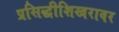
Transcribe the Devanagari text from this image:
प्रसिद्धीशिखरावर